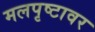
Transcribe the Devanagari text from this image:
मलपृष्टावर